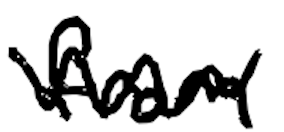
Text: from
Cross-out: zig-zag
Writing tool: digital_black